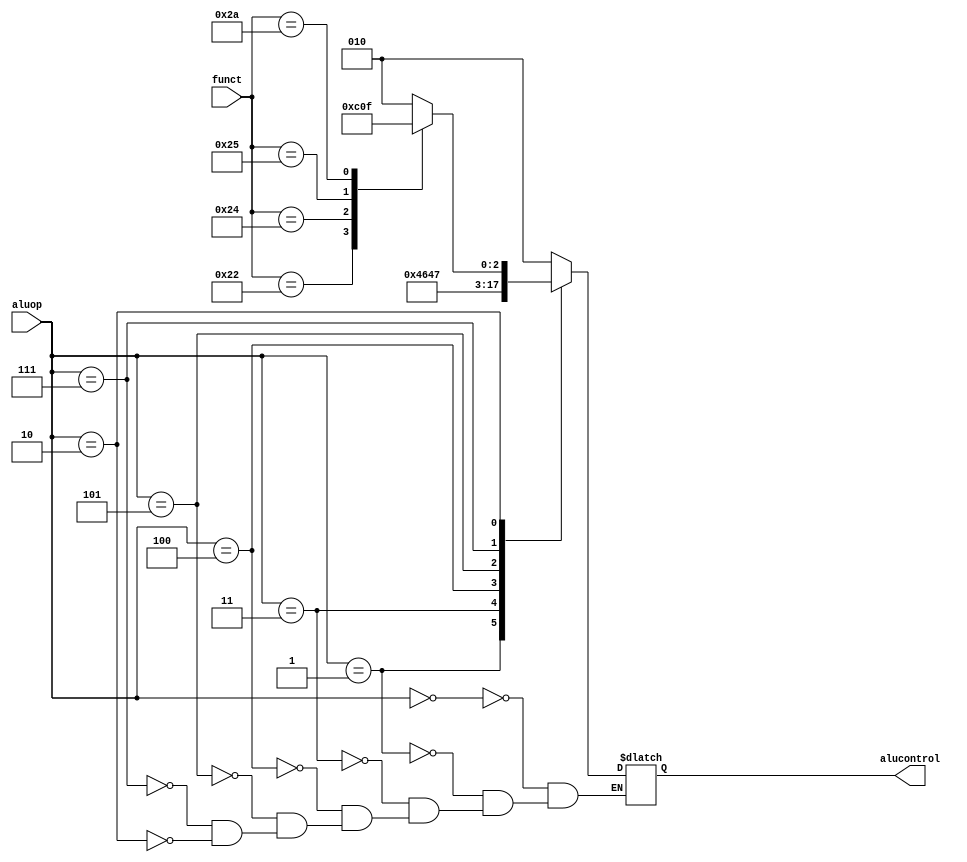
module aludec(input  wire [5:0] funct,
              input  wire [2:0] aluop,
              output reg [2:0] alucontrol);

  // ADD CODE HERE
  // Complete the design for the ALU Decoder.
  // Your design goes here.  Remember that this is a combinational 
  // module. 

  // Remember that you may also reuse any code from previous labs.
  always @(*)
    case(aluop)
      3'b000: alucontrol <= 3'b010;  // add -
      3'b001: alucontrol <= 3'b100;  // beq -
      3'b011: alucontrol <= 3'b011;   // bnq -
      3'b100: alucontrol <= 3'b001;   // or -
      3'b101: alucontrol <= 3'b000;   // andi -
      3'b111: alucontrol <= 3'b111;   // slti -
      3'b010: case(funct)          // RTYPE
          6'b100000: alucontrol <= 3'b010; // ADD
          6'b100010: alucontrol <= 3'b110; // SUB
          6'b100100: alucontrol <= 3'b000; // AND
          6'b100101: alucontrol <= 3'b001; // OR
          6'b101010: alucontrol <= 3'b111; // SLT
          default:   alucontrol <= 3'bxxx; 
        endcase
  endcase

endmodule